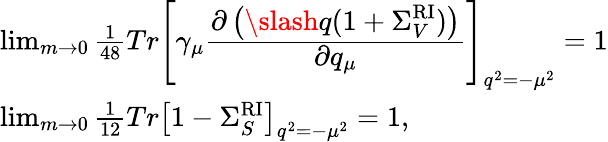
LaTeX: \begin{array}{l}{{\operatorname*{lim}_{m\rightarrow 0}\frac{1}{48}Tr\left[\gamma_{\mu}\frac{\displaystyle\partial\left(\slash{q}(1+\Sigma_{V}^{\mathrm{RI}})\right)}{\displaystyle\partial q_{\mu}}\right]_{q^{2}=-\mu^{2}}=1}}\\ {{\operatorname*{lim}_{m\rightarrow 0}\frac{1}{12}Tr\left[1-\Sigma_{S}^{\mathrm{RI}}\right]_{q^{2}=-\mu^{2}}=1{},}}\end{array}